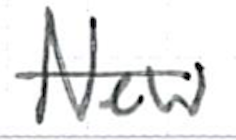
Text: New
Cross-out: single-line
Writing tool: ballpoint